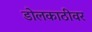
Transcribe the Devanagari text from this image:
डोलकाठीवर